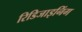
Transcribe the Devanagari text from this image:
रिडिजाइनिंग